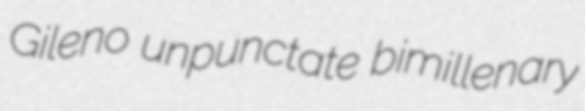
Gileno unpunctate bimillenary